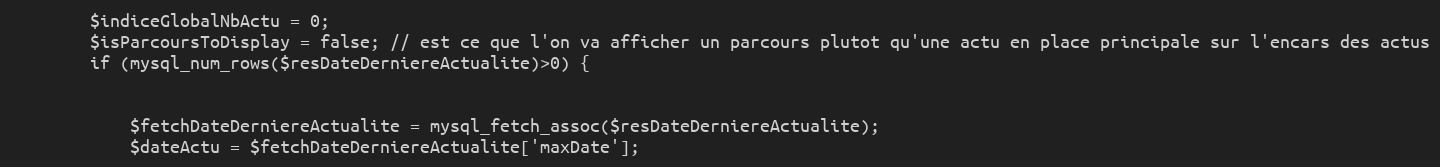
Language: PHP
		$indiceGlobalNbActu = 0;
		$isParcoursToDisplay = false; // est ce que l'on va afficher un parcours plutot qu'une actu en place principale sur l'encars des actus
		if (mysql_num_rows($resDateDerniereActualite)>0) {

			$fetchDateDerniereActualite = mysql_fetch_assoc($resDateDerniereActualite);
			$dateActu = $fetchDateDerniereActualite['maxDate'];